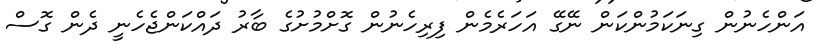
އަންހެނުން ގިނަކަމުންކަން ނޭގޭ އަހަރެމެން ފިރިހެނުން ގޮށްމުށުގެ ބާރު ދައްކަންޖެހެނީ ދެން ގޮސް